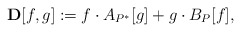
\begin{align*}\mathbf{D}[f,g]:=f\cdot A_{P^*}[g]+g\cdot B_P[f],\end{align*}